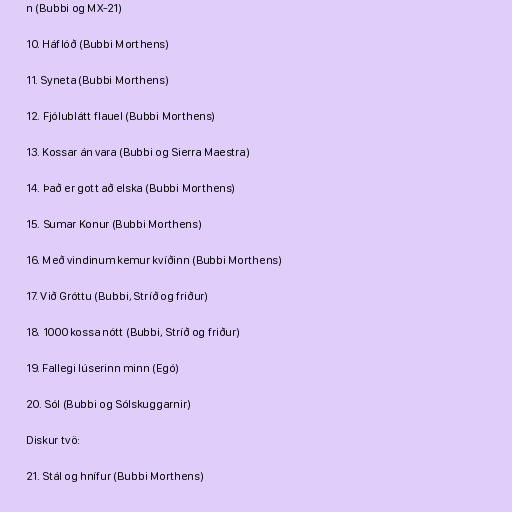
n (Bubbi og MX-21)

10. Háflóð (Bubbi Morthens)

11. Syneta (Bubbi Morthens)

12. Fjólublátt flauel (Bubbi Morthens)

13. Kossar án vara (Bubbi og Sierra Maestra)

14. Það er gott að elska (Bubbi Morthens)

15. Sumar Konur (Bubbi Morthens)

16. Með vindinum kemur kvíðinn (Bubbi Morthens)

17. Við Gróttu (Bubbi, Stríð og friður)

18. 1000 kossa nótt (Bubbi, Stríð og friður)

19. Fallegi lúserinn minn (Egó)

20. Sól (Bubbi og Sólskuggarnir)

Diskur tvö:

21. Stál og hnífur (Bubbi Morthens)